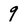
Character: 9